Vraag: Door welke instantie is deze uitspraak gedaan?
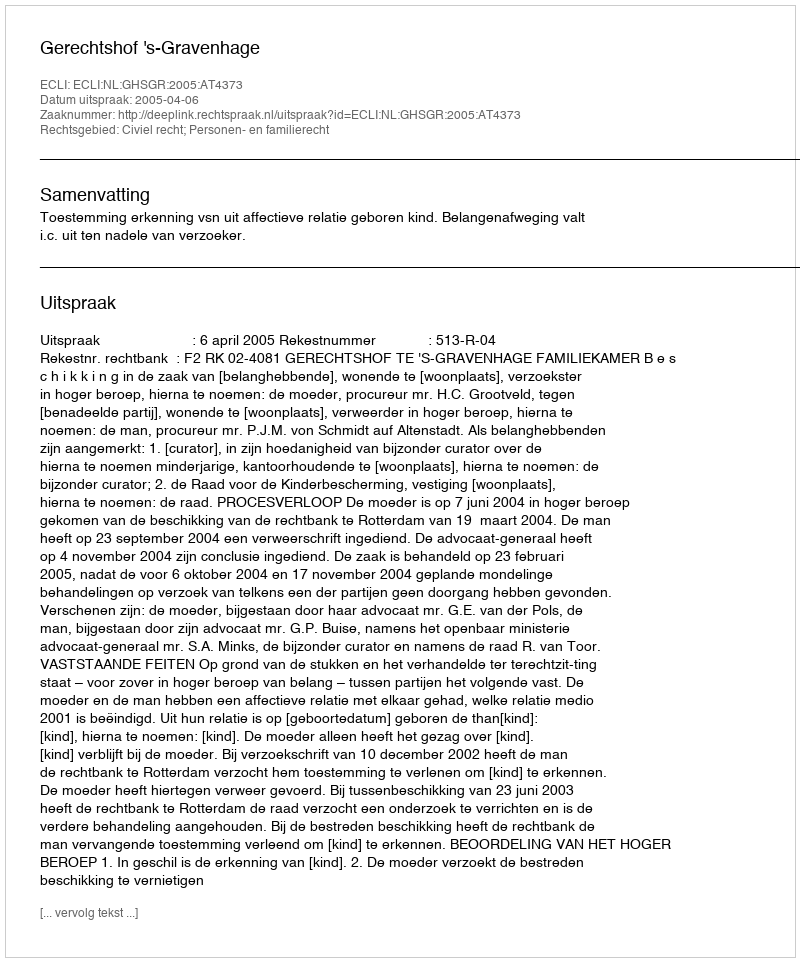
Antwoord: Gerechtshof 's-Gravenhage